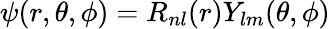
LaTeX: \psi(r,\theta,\phi)=R_{nl}(r)Y_{lm}(\theta,\phi)